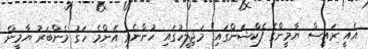
އެއީ ރައީސް ޔާމީންގެ ފެކްޝަންގައި" މަޖިލީހުގައި ހުންނެވި އެންމެ ހަގު މެންބަރު ޔާމީން